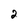
Character: 2